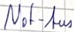
Text: Not-Aus